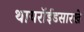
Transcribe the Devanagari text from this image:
थायरॉईडसारखे